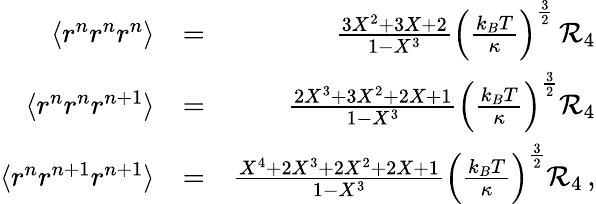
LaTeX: \begin{array}{rlr}{\langle r^{n}r^{n}r^{n}\rangle}&{=}&{\frac{3X^{2}+3X+2}{1-X^{3}}\left(\frac{k_{B}T}{\kappa}\right)^{\frac{3}{2}}\, {\cal R}_{4}}\\ {\langle r^{n}r^{n}r^{n+1}\rangle}&{=}&{\frac{2X^{3}+3X^{2}+2X+1}{1-X^{3}}\left(\frac{k_{B}T}{\kappa}\right)^{\frac{3}{2}}{\cal R}_{4}}\\ {\langle r^{n}r^{n+1}r^{n+1}\rangle}&{=}&{\frac{X^{4}+2X^{3}+2X^{2}+2X+1}{1-X^{3}}\left(\frac{k_{B}T}{\kappa}\right)^{\frac{3}{2}}{\cal R}_{4}\, ,}\end{array}